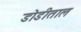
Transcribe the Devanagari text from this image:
डोडीताल